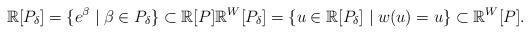
LaTeX: \begin{align*}\mathbb{R}[P_{\delta}]=\{e^{\beta}\mid\beta\in P_{\delta}\}\subset\mathbb{R}[P]\mathbb{R}^{W}[P_{\delta}]=\{u\in\mathbb{R}[P_{\delta}]\mid w(u)=u\}\subset\mathbb{R}^{W}[P].\end{align*}